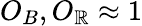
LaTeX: O_{B},O_{\mathbb{R}}\approx1